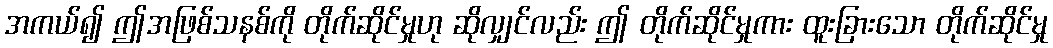
အကယ်၍ ဤအဖြစ်သနစ်ကို တိုက်ဆိုင်မှုဟု ဆိုလျှင်လည်း ဤ တိုက်ဆိုင်မှုကား ထူးခြားသော တိုက်ဆိုင်မှု